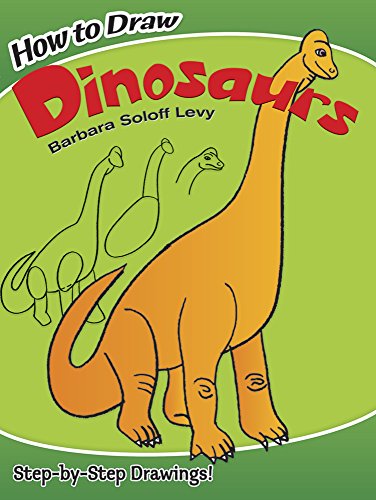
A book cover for How to Draw Dinosaurs (Dover How to Draw); Barbara Soloff Levy; Children's Books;